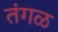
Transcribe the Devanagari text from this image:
तंगळ